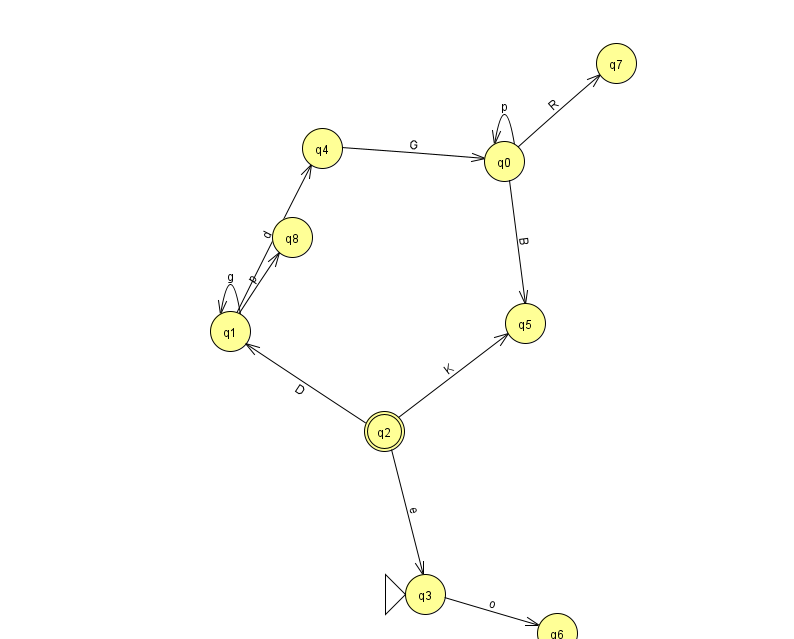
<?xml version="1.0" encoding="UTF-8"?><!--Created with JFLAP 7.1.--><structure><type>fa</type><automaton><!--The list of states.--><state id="0" name="q0"><x>504.0</x><y>148.0</y></state><state id="1" name="q1"><x>230.0</x><y>318.0</y></state><state id="2" name="q2"><x>384.0</x><y>418.0</y><final/></state><state id="3" name="q3"><x>425.0</x><y>581.0</y><initial/></state><state id="4" name="q4"><x>322.0</x><y>135.0</y></state><state id="5" name="q5"><x>525.0</x><y>310.0</y></state><state id="6" name="q6"><x>557.0</x><y>620.0</y></state><state id="7" name="q7"><x>616.0</x><y>50.0</y></state><state id="8" name="q8"><x>292.0</x><y>224.0</y></state><!--The list of transitions.--><transition><from>0</from><to>0</to><read>p</read></transition><transition><from>2</from><to>5</to><read>K</read></transition><transition><from>1</from><to>8</to><read>p</read></transition><transition><from>2</from><to>3</to><read>e</read></transition><transition><from>1</from><to>1</to><read>g</read></transition><transition><from>4</from><to>0</to><read>G</read></transition><transition><from>1</from><to>4</to><read>d</read></transition><transition><from>0</from><to>5</to><read>B</read></transition><transition><from>0</from><to>7</to><read>R</read></transition><transition><from>3</from><to>6</to><read>o</read></transition><transition><from>2</from><to>1</to><read>D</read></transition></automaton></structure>